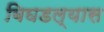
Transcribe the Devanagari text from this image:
बिघडल्यास